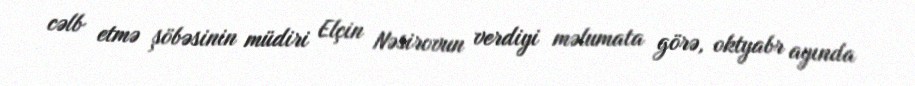
cəlb etmə şöbəsinin müdiri Elçin Nəsirovun verdiyi məlumata görə, oktyabr ayında